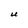
Character: U